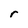
Character: r